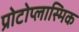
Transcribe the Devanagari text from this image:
प्रोटोप्लास्मिक